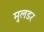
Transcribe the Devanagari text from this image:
मुलडर